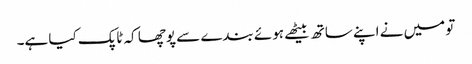
تو میں نے اپنے ساتھ بیٹھے ہوئے بندے سے پوچھا کہ ٹاپک کیا ہے۔